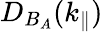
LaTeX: D_{B_{A}}(k_{\parallel})